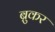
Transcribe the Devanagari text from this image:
ब्रुकर